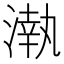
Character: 𣼳